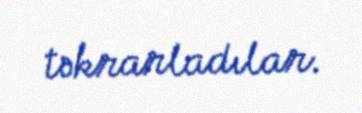
təkrarladılar.